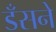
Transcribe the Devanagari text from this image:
डँसने